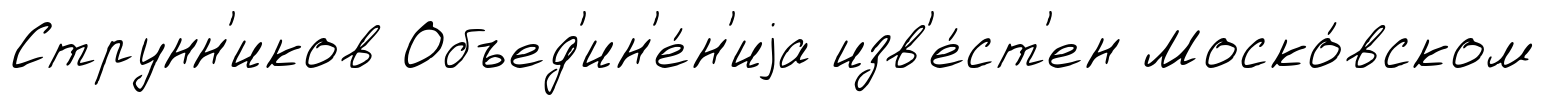
Струнн'иков Объед'ин'е́н'иjа изв'е́ст'ен Моско́вском